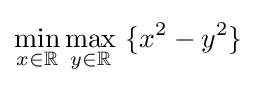
\min _{x\in \mathbb {R} }\max _{y\in \mathbb {R} }\ \{x^{2}-y^{2}\}